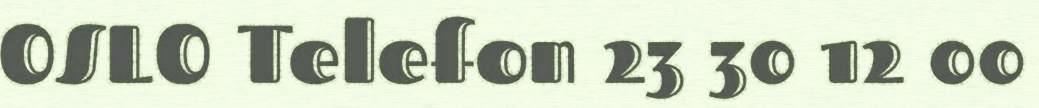
OSLO Telefon 23 30 12 00